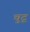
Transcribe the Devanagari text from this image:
चुटू